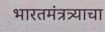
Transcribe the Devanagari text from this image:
भारतमंत्रत्र्याचा